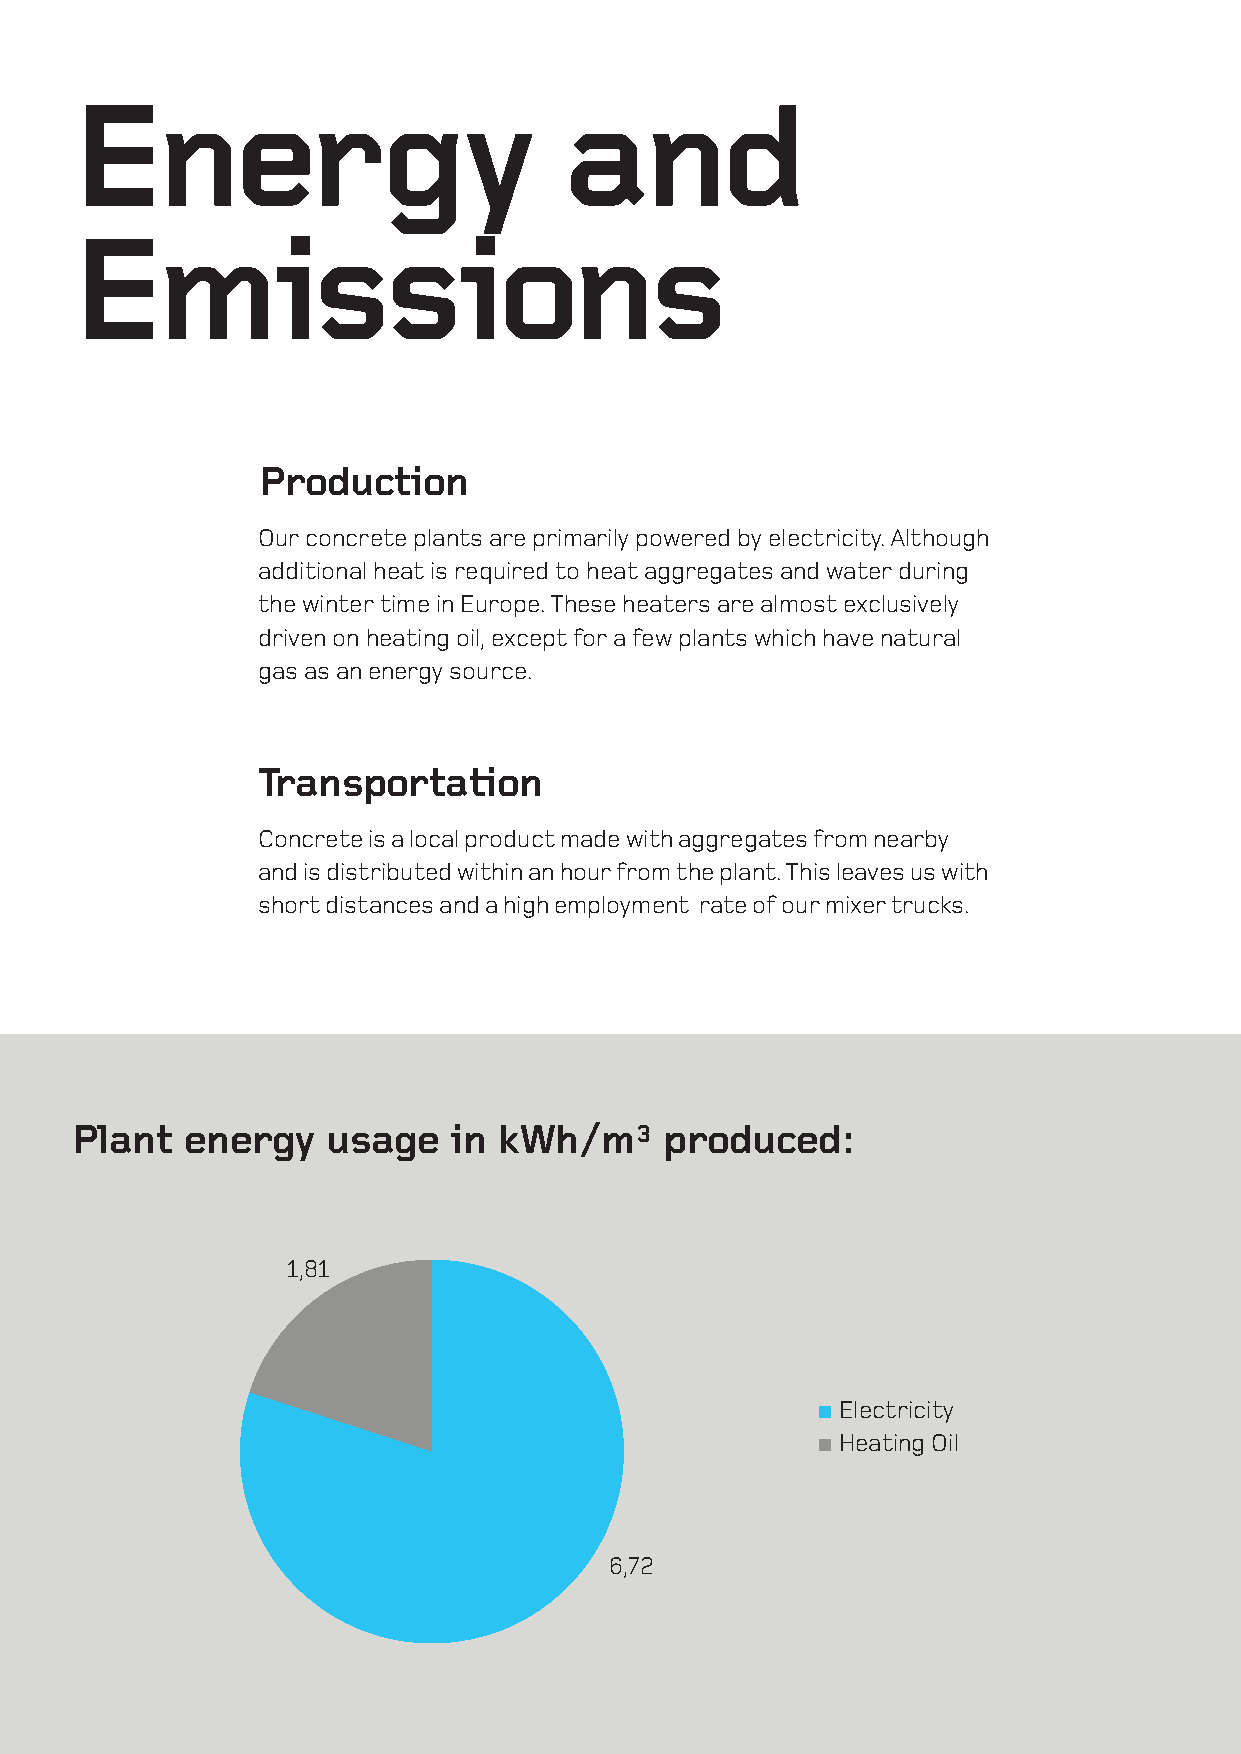
Energy                          and
 Emissions
 Production
 Our concrete plants are primarily powered by electricity. Although
 additional heat is required to heat aggregates and water during
 the winter time in Europe. These heaters are almost exclusively
 driven on heating oil, except for a few plants which have natural
 gas as an energy source.
 Transportation
 Concrete is a local product made with aggregates from nearby
 and is distributed within an hour from the plant. This leaves us with
 short distances and a high employment rate of our mixer trucks.
 Plant  energy    usage   in kWh/m3     produced:
 1,81
 Electricity
 Heating Oil
 6,72
 34